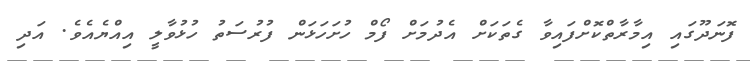
ފޮނަދޫގައި އިމާރާތްކޮށްފައިވާ ގެތަކަށް އެދުމަށް ފޯމް ހުށަހަޅަން ފުރުސަތު ހުޅުވާލީ އިއްޔެއެވެ. އަދި